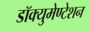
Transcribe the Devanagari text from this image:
डॉक्युमेण्टेशन